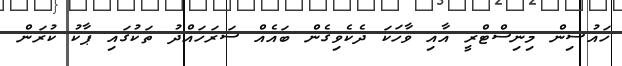
ހައުސިން މިނިސްޓްރީ އާއި ވާހަކަ ދެކެވިގެން ބައެއް ސަރަހައްދު ތަކުގައި ޕާކު ކުރަން